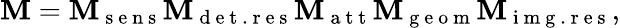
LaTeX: \textbf{M}=\textbf{M}_{\mathrm{~s~e~n~s~}}\textbf{M}_{\mathrm{~d~e~t~.~r~e~s~}}\textbf{M}_{\mathrm{~a~t~t~}}\textbf{M}_{\mathrm{~g~e~o~m~}}\textbf{M}_{\mathrm{~i~m~g~.~r~e~s~}},